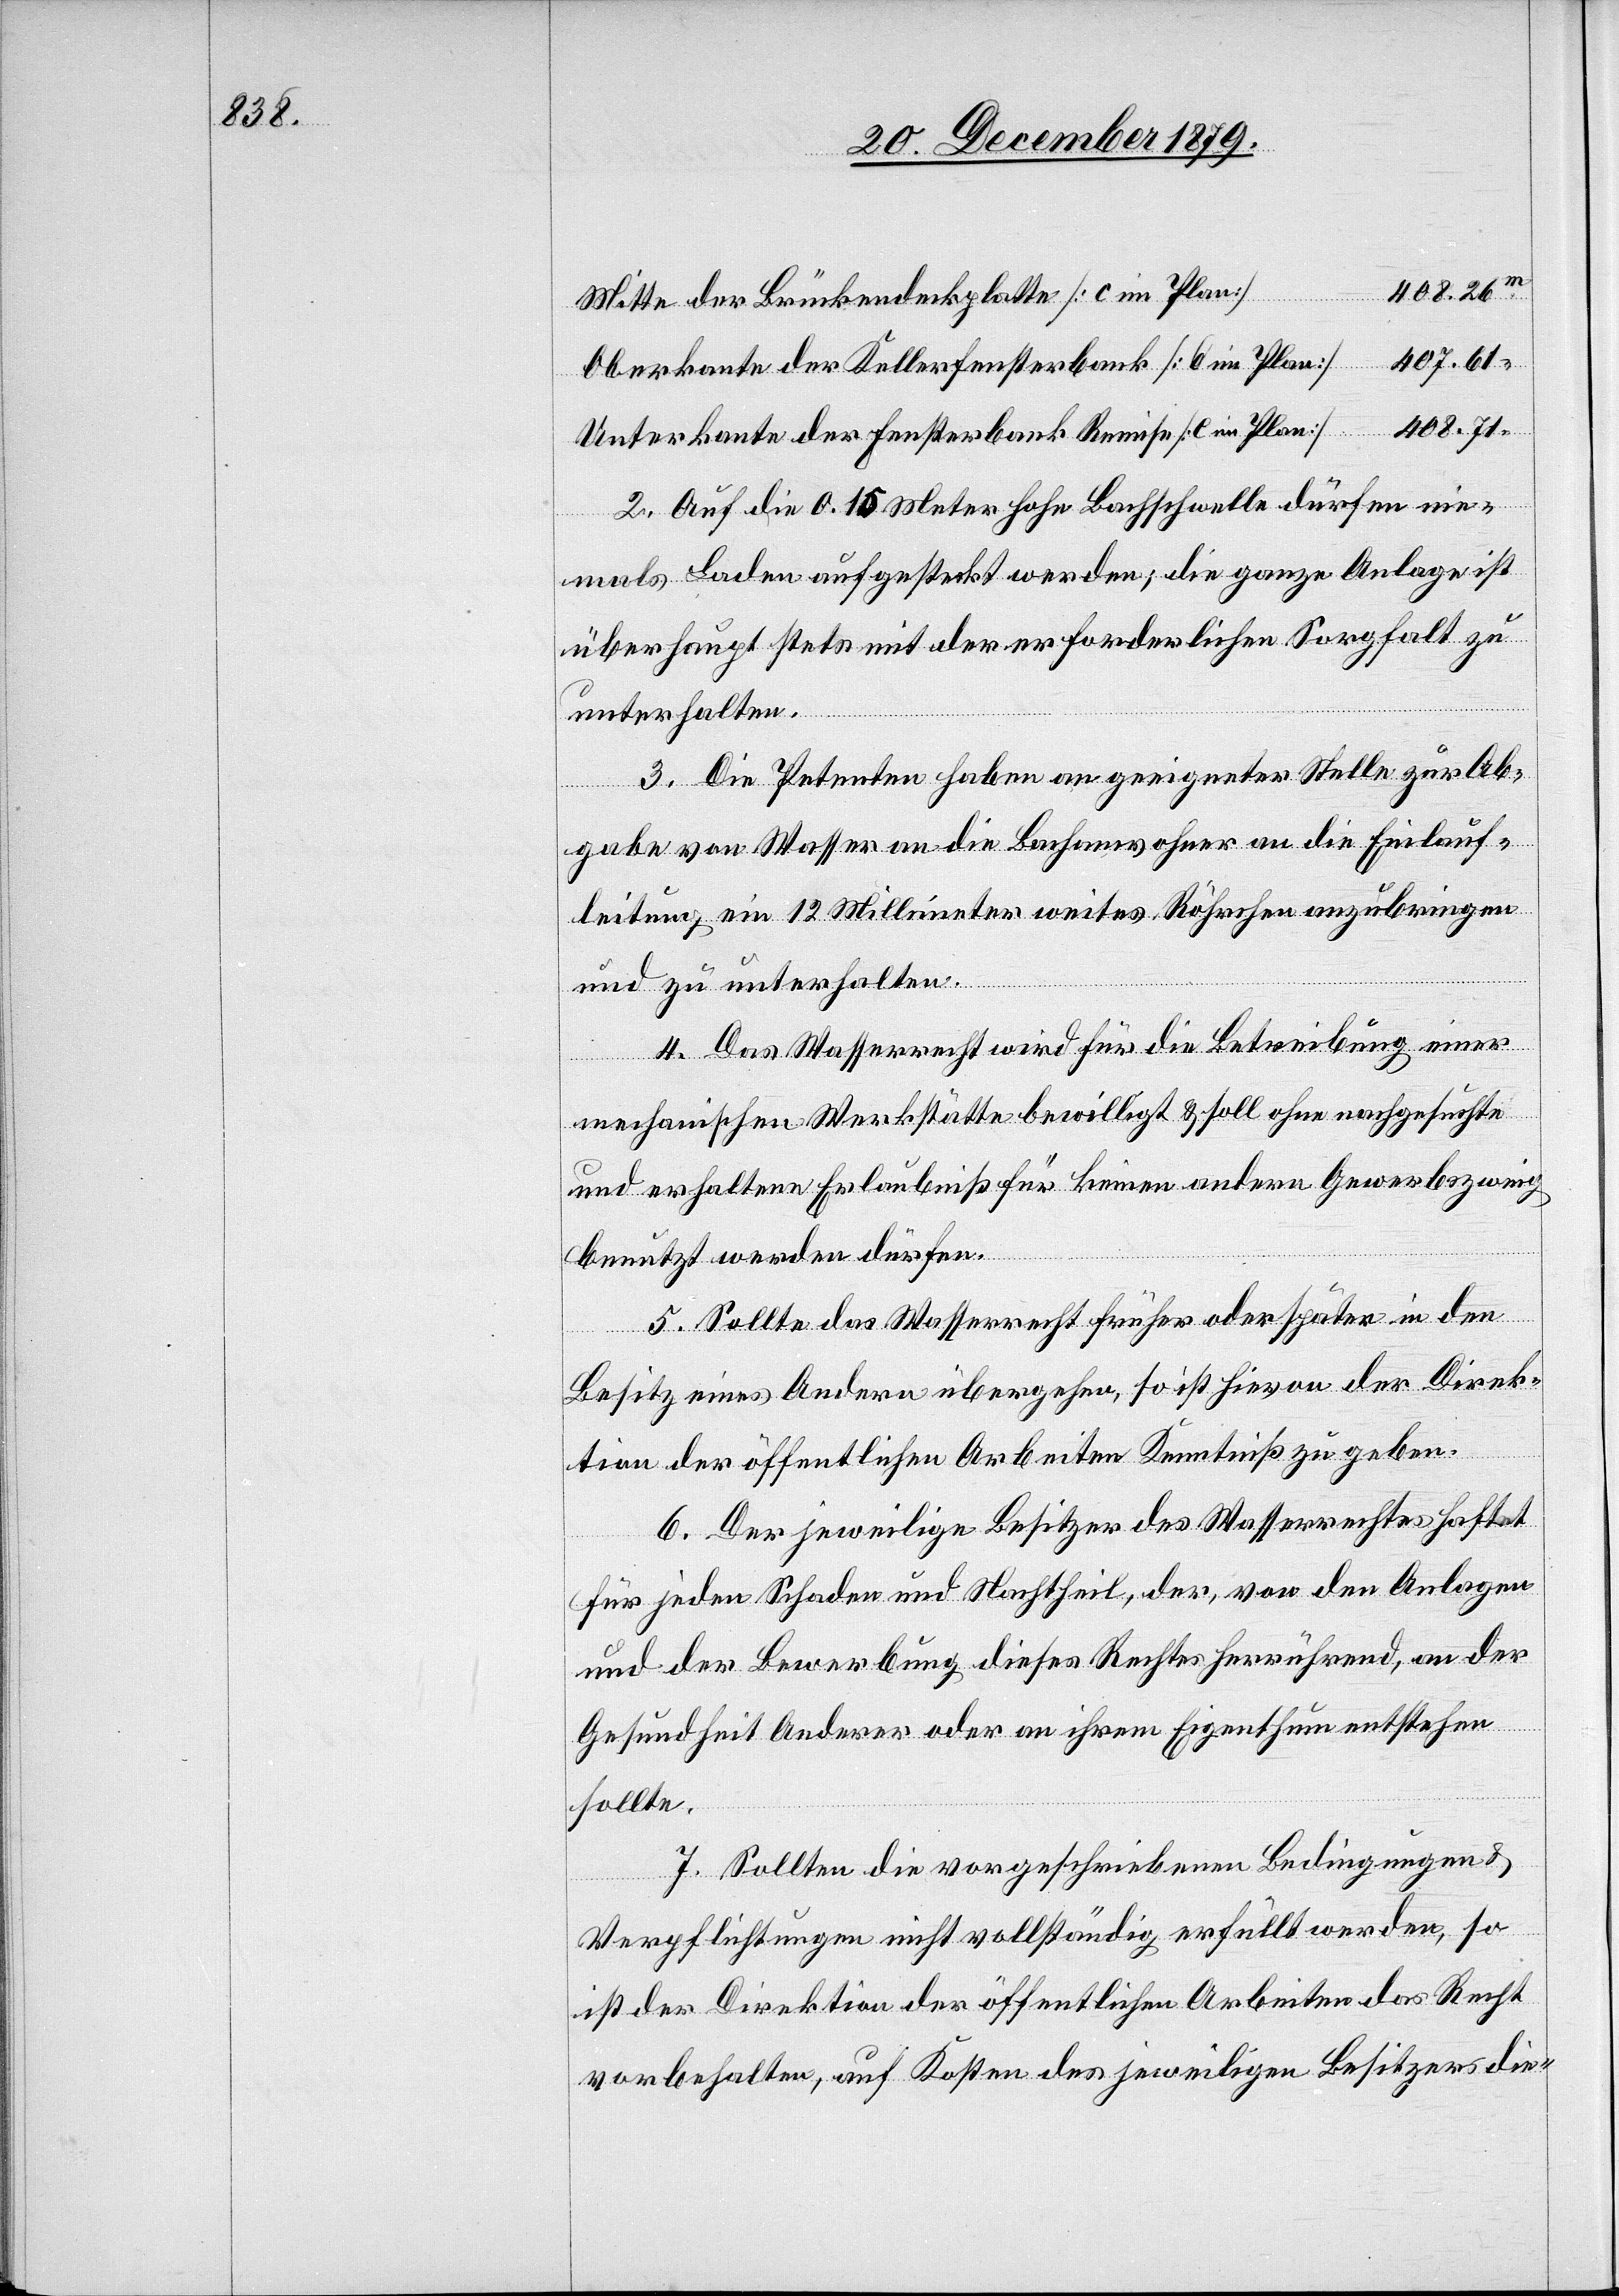
408.26m
Mitte der Brückendeckplatte [c im Plan]
Oberkante der Kellerfensterbank [d im Plan]
408.71“
Unterkante der Fensterbank Remise [e im Plan]
2. Auf die 0.15 Meter hohe Bachschwelle dürfen nie¬
mals Laden aufgesteckt werden; die ganze Anlage ist
überhaupt stets mit der erforderlichen Sorgfalt zu
unterhalten.
3. Die Petenten haben an geeigneter Stelle zur Ab¬
gabe von Wasser an die Bachanwohner an die Einlauf¬
leistung ein 12 Millimeter weites Röhrchen anzubringen
und zu unterhalten.
4. Das Wasserrecht wird für die Betreibung einer
mechanischen Werkstätte bewilligt & soll ohne nachgesuchte
und erhaltene Erlaubniß für keinen andern Gewerbszweig
benutzt werden dürfen.
5. Sollte das Wasserrecht früher oder später in den
Besitz eines Andern übergehen, so ist hievon der Direk¬
tion der öffentlichen Arbeiten Kenntniß zu geben.
6. Der jeweilige Besitzer des Wasserrechtes haftet
für jeden Schaden und Nachtheil, der, von den Anlagen
und der Bewerbung dieses Rechtes herrührend, an der
Gesundheit Anderer oder an ihrem Eigenthum entstehen
sollte.
7. Sollten die vorgeschriebenen Bedingungen &
Verpflichtungen nicht vollständig erfüllt werden, so
ist der Direktion der öffentlichen Arbeiten das Recht
vorbehalten, auf Kosten des jeweiligen Besitzers die-